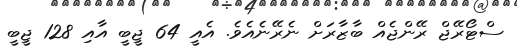
ސްޓޯރޭޖް ރޭންޖެއް ބާޒާރަށް ނެރޭނެއެވެ. އެއީ 64 ޖީބީ އާއި 128 ޖީބީ